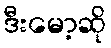
ဒီးမော့ဆို